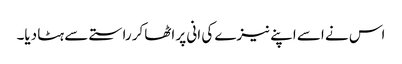
اس نے اسے اپنے نیزے کی انی پر اٹھاکر راستے سے ہٹا دیا۔